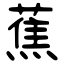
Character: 蕉